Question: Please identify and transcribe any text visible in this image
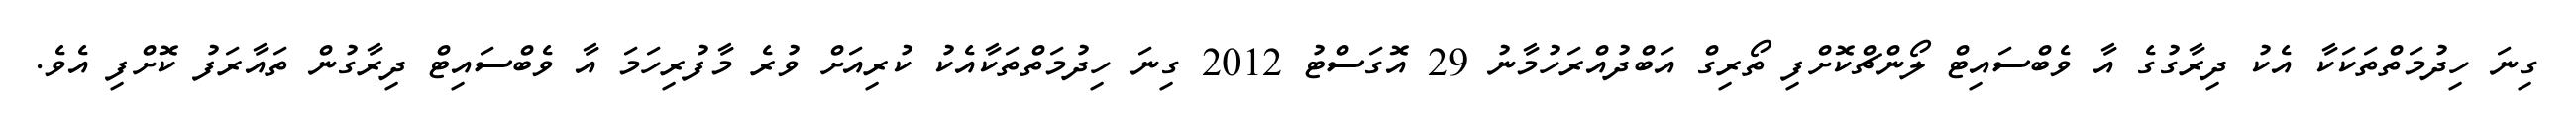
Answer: ގިނަ ހިދުމަތްތަކަކާ އެކު ދިރާގުގެ އާ ވެބްސައިޓް ލޯންޗްކޮށްފި ތޯރިގް އަބްދުއްރަހުމާނު 29 އޮގަސްޓު 2012 ގިނަ ހިދުމަތްތަކާއެކު ކުރިއަށް ވުރެ މާފުރިހަމަ އާ ވެބްސައިޓް ދިރާގުން ތައާރަފު ކޮށްފި އެވެ.